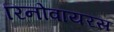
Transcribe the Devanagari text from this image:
रिनोवायरस